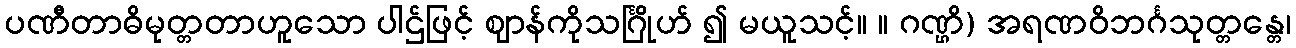
ပဏီတာဓိမုတ္တတာဟူသော ပါဌ်ဖြင့် ဈာန်ကိုသင်္ဂြိုဟ် ၍ မယူသင့်။ ။ ဂဏ္ဌိ) အရဏဝိဘင်္ဂသုတ္တန္တေ၊